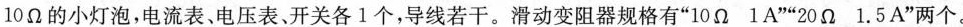
10Ω的小灯泡，电流表、电压表、开关各1个，导线若干。滑动变阻器规格有”10Ω 1A””20Ω 1.5A”两个。